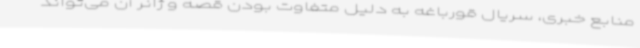
منابع خبری، سریال قورباغه به دلیل متفاوت بودن قصه و ژانر آن می‌تواند